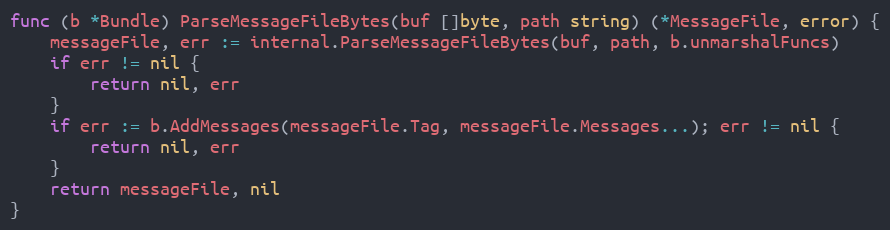
Language: Go
func (b *Bundle) ParseMessageFileBytes(buf []byte, path string) (*MessageFile, error) {
	messageFile, err := internal.ParseMessageFileBytes(buf, path, b.unmarshalFuncs)
	if err != nil {
		return nil, err
	}
	if err := b.AddMessages(messageFile.Tag, messageFile.Messages...); err != nil {
		return nil, err
	}
	return messageFile, nil
}